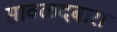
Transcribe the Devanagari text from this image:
सावळदबारा